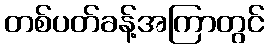
တစ်ပတ်ခန့်အကြာတွင်